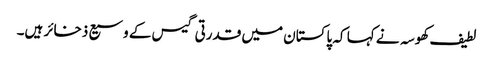
لطیف کھوسہ نے کہا کہ پاکستان میں قدرتی گیس کے وسیع ذخائر ہیں۔